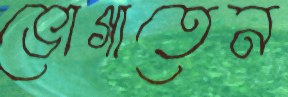
ভোগাতেন